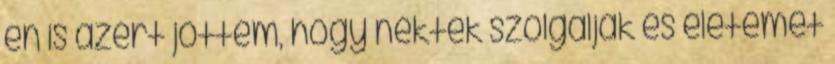
én is azért jöttem, hogy nektek szolgáljak és életemet